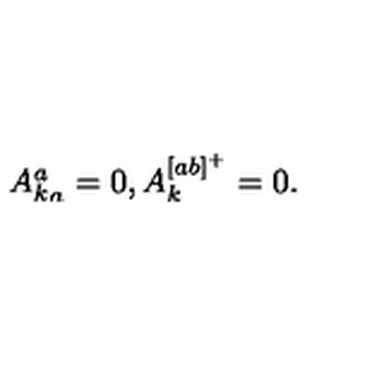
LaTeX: \begin{matrix} { { A _ { k } ^ { a } } _ { a } = 0 , } & { A _ { k } ^ { [ a b ] ^ { + } } = 0 . } \\ \end{matrix}